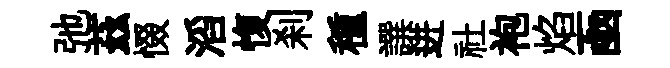
弛茲惙滔愎刹種譔进社袍焰凾